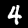
Digit: 4